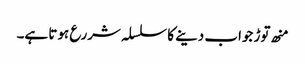
منھ توڑ جواب دینے کا سلسلہ شررع ہوتا ہے۔